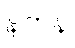
နက်နဲ